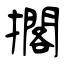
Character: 擱